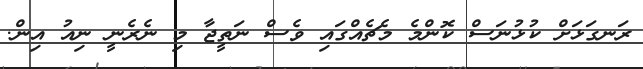
ރަނގަޅަށް ކުޅުނަސް ކޮންމެ މެޗެއްގައި ވެސް ނަތީޖާ މި ނެރެނީ ނިއު އިން.